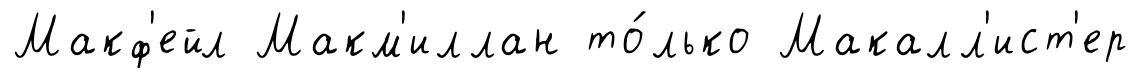
Макф'ейл Макм'иллан то́лько Макалл'ист'ер